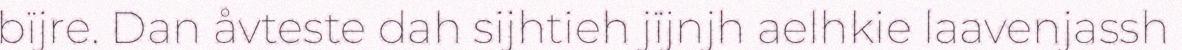
bïjre. Dan åvteste dah sijhtieh jïjnjh aelhkie laavenjassh